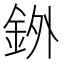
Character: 𫒓